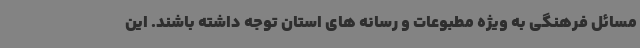
مسائل فرهنگی به ویژه مطبوعات و رسانه های استان توجه داشته باشند. این